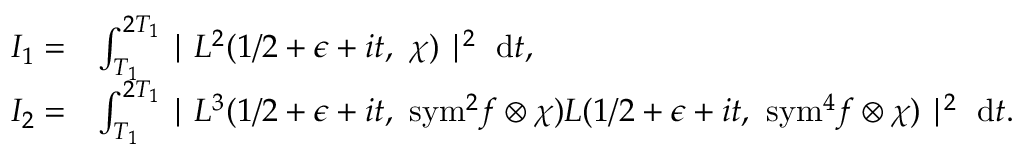
\begin{array} { r l } { I _ { 1 } = } & { \int _ { T _ { 1 } } ^ { 2 T _ { 1 } } \mid L ^ { 2 } ( 1 / 2 + \epsilon + i t , \ \chi ) \mid ^ { 2 } \ \mathrm { d } t , } \\ { I _ { 2 } = } & { \int _ { T _ { 1 } } ^ { 2 T _ { 1 } } \mid L ^ { 3 } ( 1 / 2 + \epsilon + i t , \ { \mathrm { s y m } ^ { 2 } } f \otimes \chi ) L ( 1 / 2 + \epsilon + i t , \ \mathrm { { s y m } } ^ { 4 } f \otimes \chi ) \mid ^ { 2 } \ \mathrm { d } t . } \end{array}